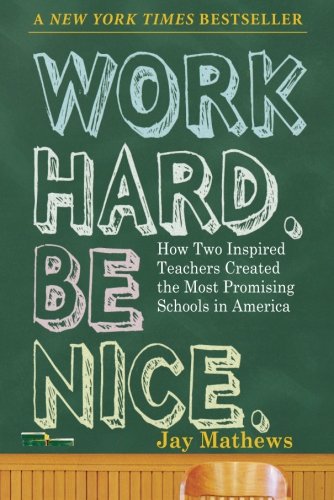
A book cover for Work Hard. Be Nice.: How Two Inspired Teachers Created the Most Promising Schools in America; Jay Mathews; Biographies & Memoirs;